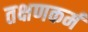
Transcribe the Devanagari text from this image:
तक्षणकर्म